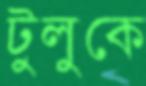
টুলুকে